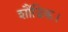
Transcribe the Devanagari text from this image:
शौंडिक।